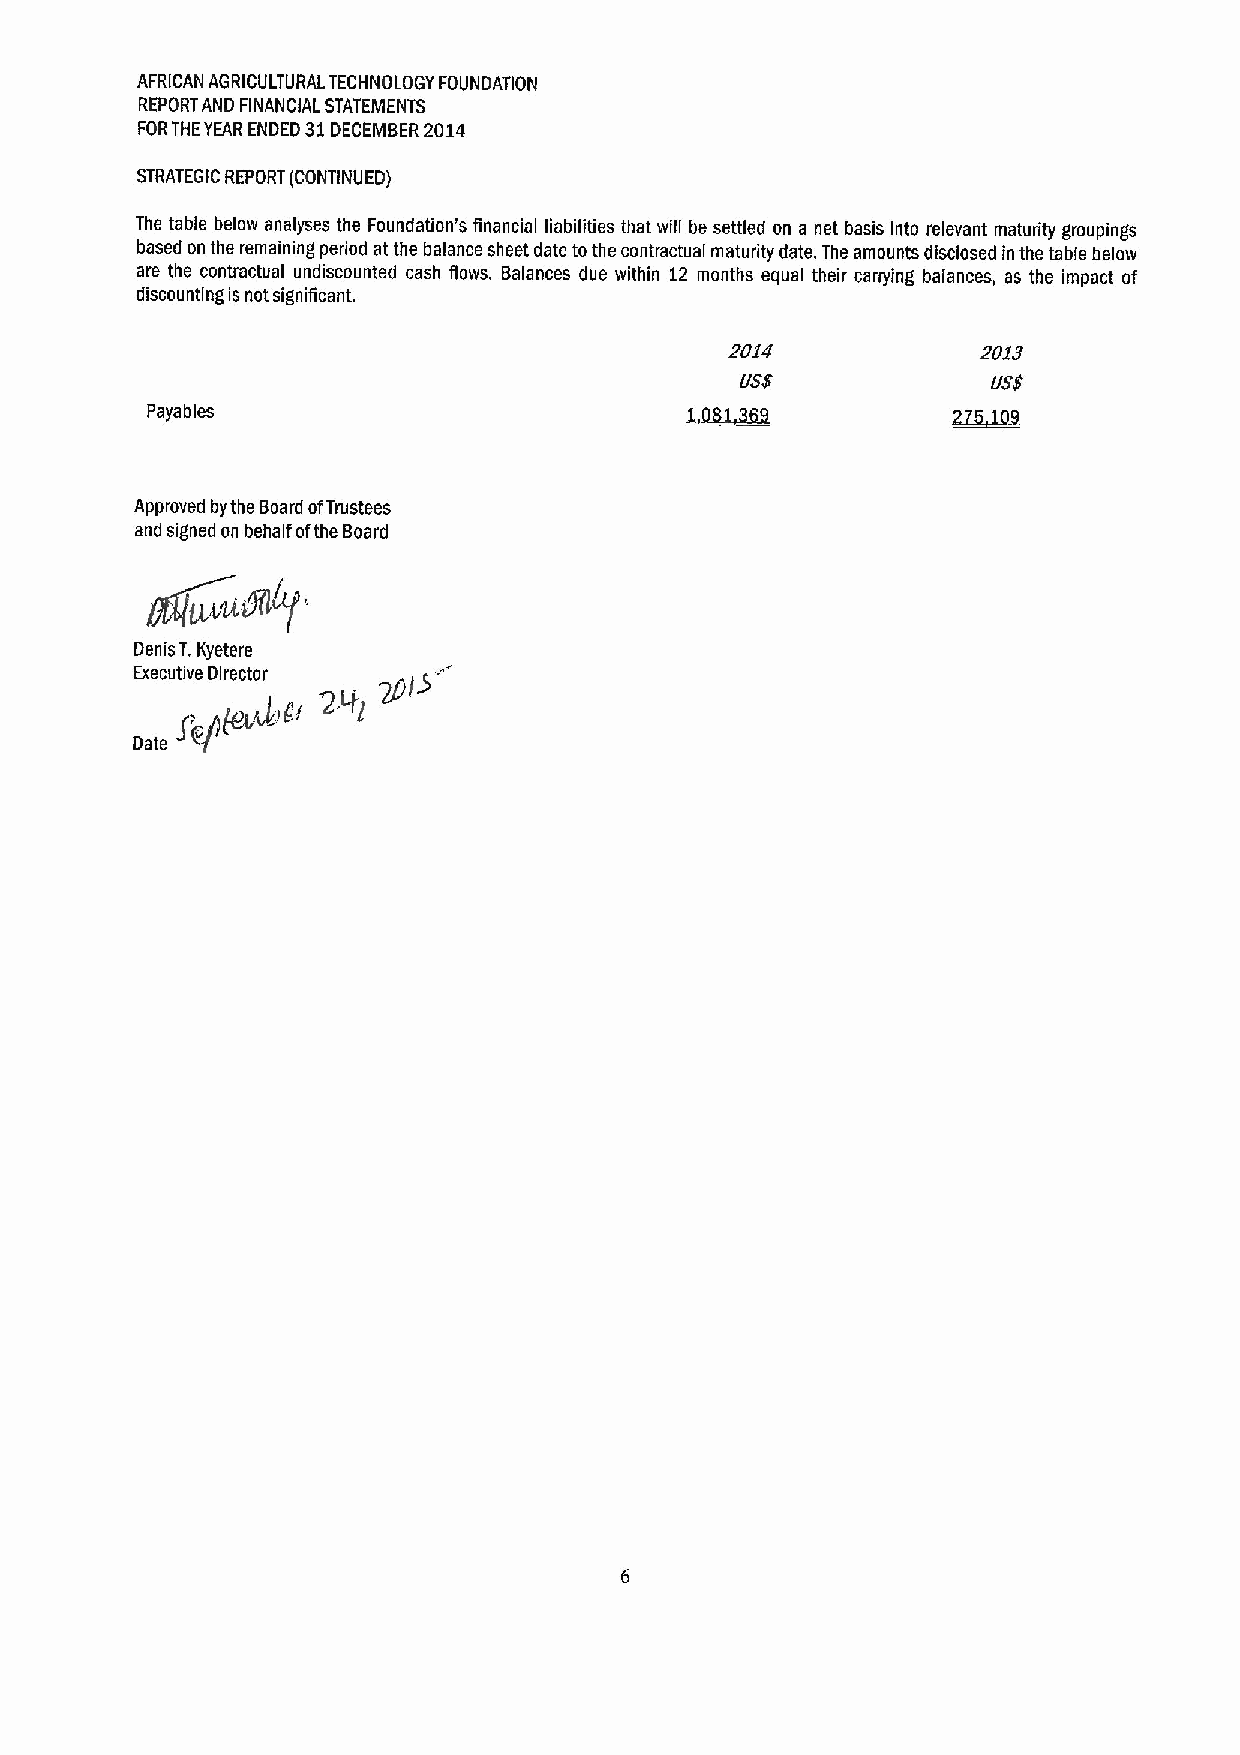
AFRICAN AGRICULTURALTECHNOLOGYFOUNDATION
 REPORTAND FINANCIAL STATEMENTS
 FORTHEYEAR ENDED 31DECEMBER2014
 STRATEGIC REPORT (CONTINUED)
 The table below analyses the Foundation's financial liabilities that will be settled on a net basis into relevant maturity groupings
 based on the remaining period at the balance sheet date tothe contractual maturity date. The amounts disclosed in the table below
 are the contractual undiscounted cash flows. Balances due within 12 months equal their canying balances, as the impact of
 discounting is not significant.
 2014             2012
 VSS              VSS
 Payables
 Approved bythe Board ofTrustees
 and signed on behalf ofthe Board
 ~j&urfflf
 Denis T,Kyetere '"
 Executive Director
 „„spy'"